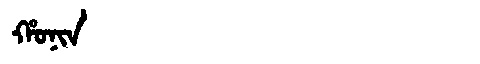
Manchu: ᡥᠣᠨᡳᠨ
Romanization: HONIN